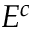
E ^ { c }